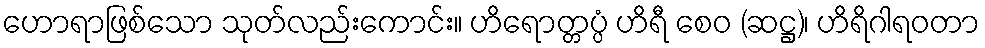
ဟောရာဖြစ်သော သုတ်လည်းကောင်း။ ဟိရောတ္တပ္ပံ ဟိရီ စေဝ (ဆဋ္ဌ)၊ ဟိရိဂါရဝတာ